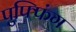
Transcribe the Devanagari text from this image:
पुफ्फिंग